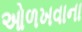
ઓળખવાના